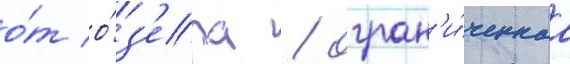
о́т о́з'ера / огран'и́ченнаа